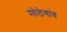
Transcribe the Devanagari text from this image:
मोठेगांव